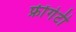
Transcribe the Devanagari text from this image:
फ्रींगेटी